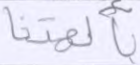
بآلهتنا